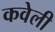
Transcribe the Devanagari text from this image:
कवेली